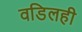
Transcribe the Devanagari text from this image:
वडिलही